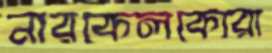
নারকেলকোরা